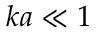
k a \ll 1